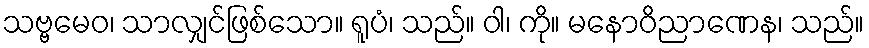
သဗ္ဗမေဝ၊ သာလျှင်ဖြစ်သော။ ရူပံ၊ သည်။ ဝါ၊ ကို။ မနောဝိညာဏေန၊ သည်။